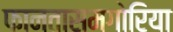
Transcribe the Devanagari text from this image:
फानतासमगोरिया